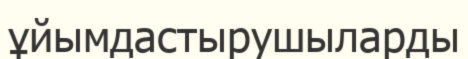
ұйымдастырушыларды